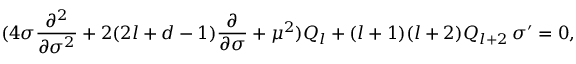
( 4 \sigma \frac { \partial ^ { 2 } } { \partial \sigma ^ { 2 } } + 2 ( 2 l + d - 1 ) \frac { \partial } { \partial \sigma } + \mu ^ { 2 } ) Q _ { l } + ( l + 1 ) ( l + 2 ) Q _ { l + 2 } \, \sigma ^ { \prime } = 0 ,